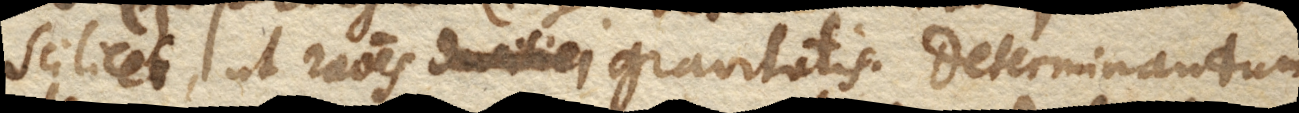
scilicet, ut rationes duritiei gravitatis. Determinandum